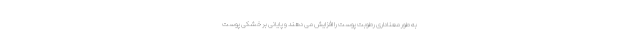
به طور معناداری رطوبت پوست را افزایش می دهند و پایانی بر خشکی پوست